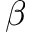
\beta